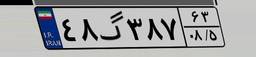
۴۸گ۳۸۷۶۳